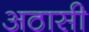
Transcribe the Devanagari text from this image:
अठासी